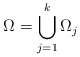
\begin{align*} \Omega =\bigcup_{j=1}^{k}\Omega_j\end{align*}